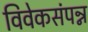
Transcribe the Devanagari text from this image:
विवेकसंपन्न